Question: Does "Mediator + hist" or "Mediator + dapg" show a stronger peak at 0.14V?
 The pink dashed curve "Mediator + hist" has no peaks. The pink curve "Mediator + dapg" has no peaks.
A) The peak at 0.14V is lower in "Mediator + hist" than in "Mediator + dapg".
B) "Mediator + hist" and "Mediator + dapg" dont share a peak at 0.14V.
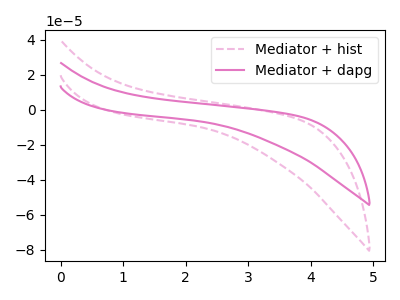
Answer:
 <answer>B) "Mediator + hist" and "Mediator + dapg" dont share a peak at 0.14V.</answer>
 <eval>B</eval>